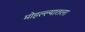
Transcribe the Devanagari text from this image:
मोहल्ल्यातला